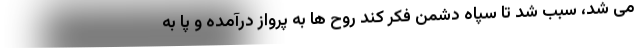
می شد، سبب شد تا سپاه دشمن فکر کند روح ها به پرواز درآمده و پا به